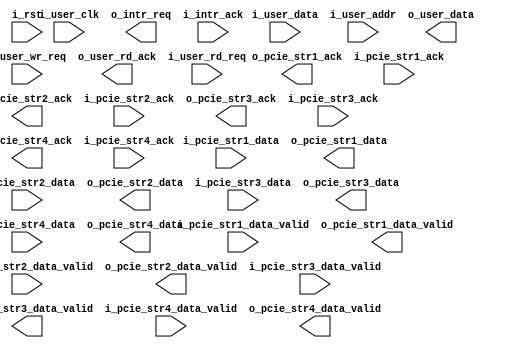
//--------------------------------------------------------------------------------
// Project    : SWITCH
// Version    : 0.1
//
// Description: A dummy user logic for testing purpose
//--------------------------------------------------------------------------------

module user_logic(
    input              i_user_clk,
    input              i_rst,
    //reg i/f 
    input    [31:0]    i_user_data,
    input    [19:0]    i_user_addr,
    input              i_user_wr_req,
    output   [31:0]    o_user_data,
    output  reg        o_user_rd_ack,
    input              i_user_rd_req, 
    //stream i/f 1
    input              i_pcie_str1_data_valid,
    output             o_pcie_str1_ack,
    input    [63:0]    i_pcie_str1_data,
    output          o_pcie_str1_data_valid,
    input              i_pcie_str1_ack,
    output    [63:0]o_pcie_str1_data,
    //stream i/f 2       
    input              i_pcie_str2_data_valid,
    output             o_pcie_str2_ack,
    input    [63:0]    i_pcie_str2_data,
    output          o_pcie_str2_data_valid,
    input              i_pcie_str2_ack,
    output    [63:0]o_pcie_str2_data,
    //stream i/f 3
    input              i_pcie_str3_data_valid,
    output             o_pcie_str3_ack,
    input    [63:0]    i_pcie_str3_data,
    output          o_pcie_str3_data_valid,
    input              i_pcie_str3_ack,
    output    [63:0]o_pcie_str3_data,
    //stream i/f 4
    input              i_pcie_str4_data_valid,
    output             o_pcie_str4_ack,
    input    [63:0]    i_pcie_str4_data,
    output          o_pcie_str4_data_valid,
    input              i_pcie_str4_ack,
    output    [63:0]o_pcie_str4_data,
    //interrupt if
    output             o_intr_req,
    input              i_intr_ack
);
/*
reg [31:0] user_control;


assign o_intr_req      = 1'b0;
assign o_pcie_str4_ack      = 1'b1;
assign o_pcie_str4_data_valid = 1'b0;
assign o_pcie_str3_data_valid = 1'b0;
assign o_pcie_str2_data_valid = 1'b0;
assign o_pcie_str2_data = 64'd0;
assign o_pcie_str3_data = 64'd0;
assign o_pcie_str4_data = 64'd0;


//User register read
always @(posedge i_user_clk)
begin
   o_user_rd_ack  <= i_user_rd_req;
end

always @(posedge i_user_clk)
begin
    if(i_user_wr_req)
	    user_control  <=  i_user_data;
end
   
assign o_user_data = user_control;


gaussian_top gt (
    .i_clk(i_user_clk), 
	 .i_rst(i_rst),
    .i_line1_data_valid(i_pcie_str1_data_valid), 
    .i_line1_data(i_pcie_str1_data), 
    .o_line1_data_ack(o_pcie_str1_ack), 
    .i_line2_data_valid(i_pcie_str2_data_valid), 
    .i_line2_data(i_pcie_str2_data), 
    .o_line2_data_ack(o_pcie_str2_ack), 
    .i_line3_data_valid(i_pcie_str3_data_valid), 
    .i_line3_data(i_pcie_str3_data), 
    .o_line3_data_ack(o_pcie_str3_ack), 
    .o_sobel_data_valid(o_pcie_str1_data_valid), 
    .o_sobel_data(o_pcie_str1_data), 
    .i_sobel_data_ack(i_pcie_str1_ack), 
    .i_filter(user_control[0])
);

*/    
endmodule